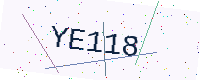
Text: YE118